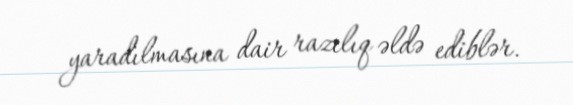
yaradılmasına dair razılıq əldə ediblər.